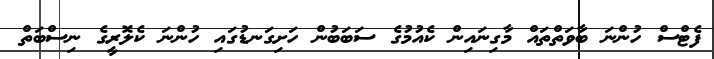
ފެޓްސް ހުންނަ ބާވަތްތައް މާގިނައިން ކެއުމުގެ ސަބަބުން ހަށިގަނޑުގައި ހުންނަ ކެލޮރީގެ ނިސްބަތް